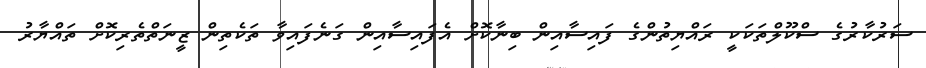
ސަރުކާރުގެ ސްކޫލްތަކަކީ ރައްޔިތުންގެ ފައިސާއިން ބިނާކޮށް އެފައިސާއިން ގަނެފައިވާ ތަކެތިން ޒީނަތްތެރިކޮށް ތައްޔާރު